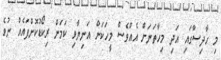
މި ހާދިސާގައި އަދި މިހާތަނަށް އެއްވެސް މީހަކަށް އަނިޔާވި ކަމަށް ރިކޯޑުކޮށްފައެއް ނުވެ